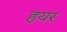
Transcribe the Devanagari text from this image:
हयर